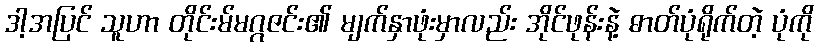
ဒါ့အပြင် သူဟာ တိုင်းမ်မဂ္ဂဇင်း၏ မျက်နှာဖုံးမှာလည်း အိုင်ဖုန်းနဲ့ ဓာတ်ပုံရိုက်တဲ့ ပုံကို